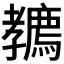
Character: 𡦲